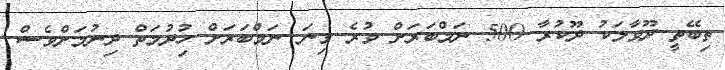
ތިބޭތީ ދޫވާލަކު ދޫކުރާ 500 ނަމްބަރަށް ވުރެ ގިނަ ނަމްބަރަށް ހިުދުމަތް ދިނުމަށްވެސް